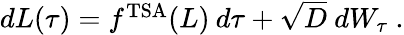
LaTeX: \begin{array}{r}{dL(\tau)=f^{\mathrm{TSA}}(L)\: d\tau+\sqrt{D}\ dW_{\tau}\ .}\end{array}